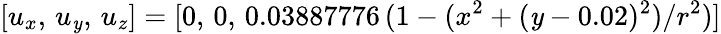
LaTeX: [u_{x},\, u_{\mathit{y}},\, u_{z}]=[0,\, 0,\, 0.03887776\, (1-(x^{2}+(\mathit{y}-0.02)^{2})/r^{2})]